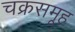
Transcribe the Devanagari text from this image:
चक्रसमूह